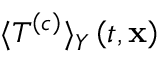
\langle T ^ { \left( c \right) } \rangle _ { Y } \left( t , \mathbf { x } \right)